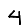
Digit: 4